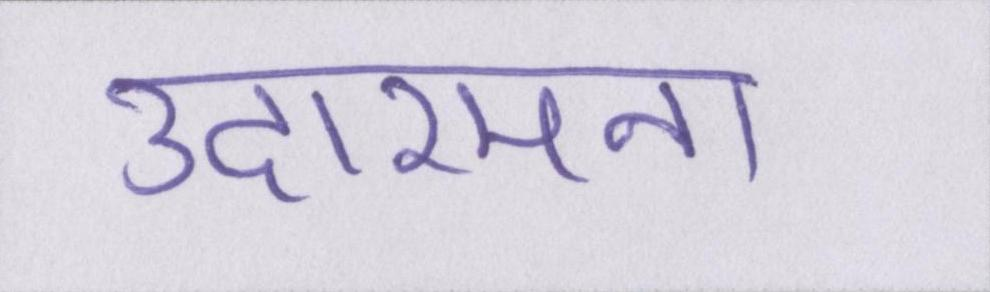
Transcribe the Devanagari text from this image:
उदारमना